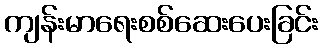
ကျန်းမာရေးစစ်ဆေးပေးခြင်း